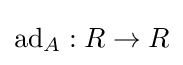
\operatorname {ad} _{A}:R\rightarrow R